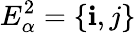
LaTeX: E_{\alpha}^{2}=\{ \mathbf{i},j\}